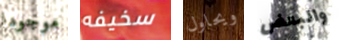
موجودا سخيفه ويحاول والبعض